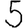
Digit: 5